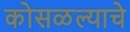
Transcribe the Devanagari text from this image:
कोसळल्याचे